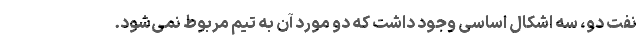
نفت دو، سه اشکال اساسی وجود داشت که دو مورد آن به تیم مربوط نمی‌شود.